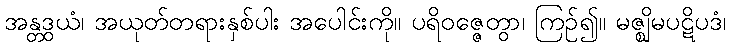
အန္တဒွယံ၊ အယုတ်တရားနှစ်ပါး အပေါင်းကို။ ပရိဝဇ္ဇေတွာ၊ ကြဉ်၍။ မဇ္ဈိမပဋိပဒံ၊